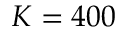
K = 4 0 0